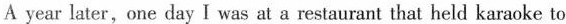
A year later, one day I was at a restaurant that held karaoke to